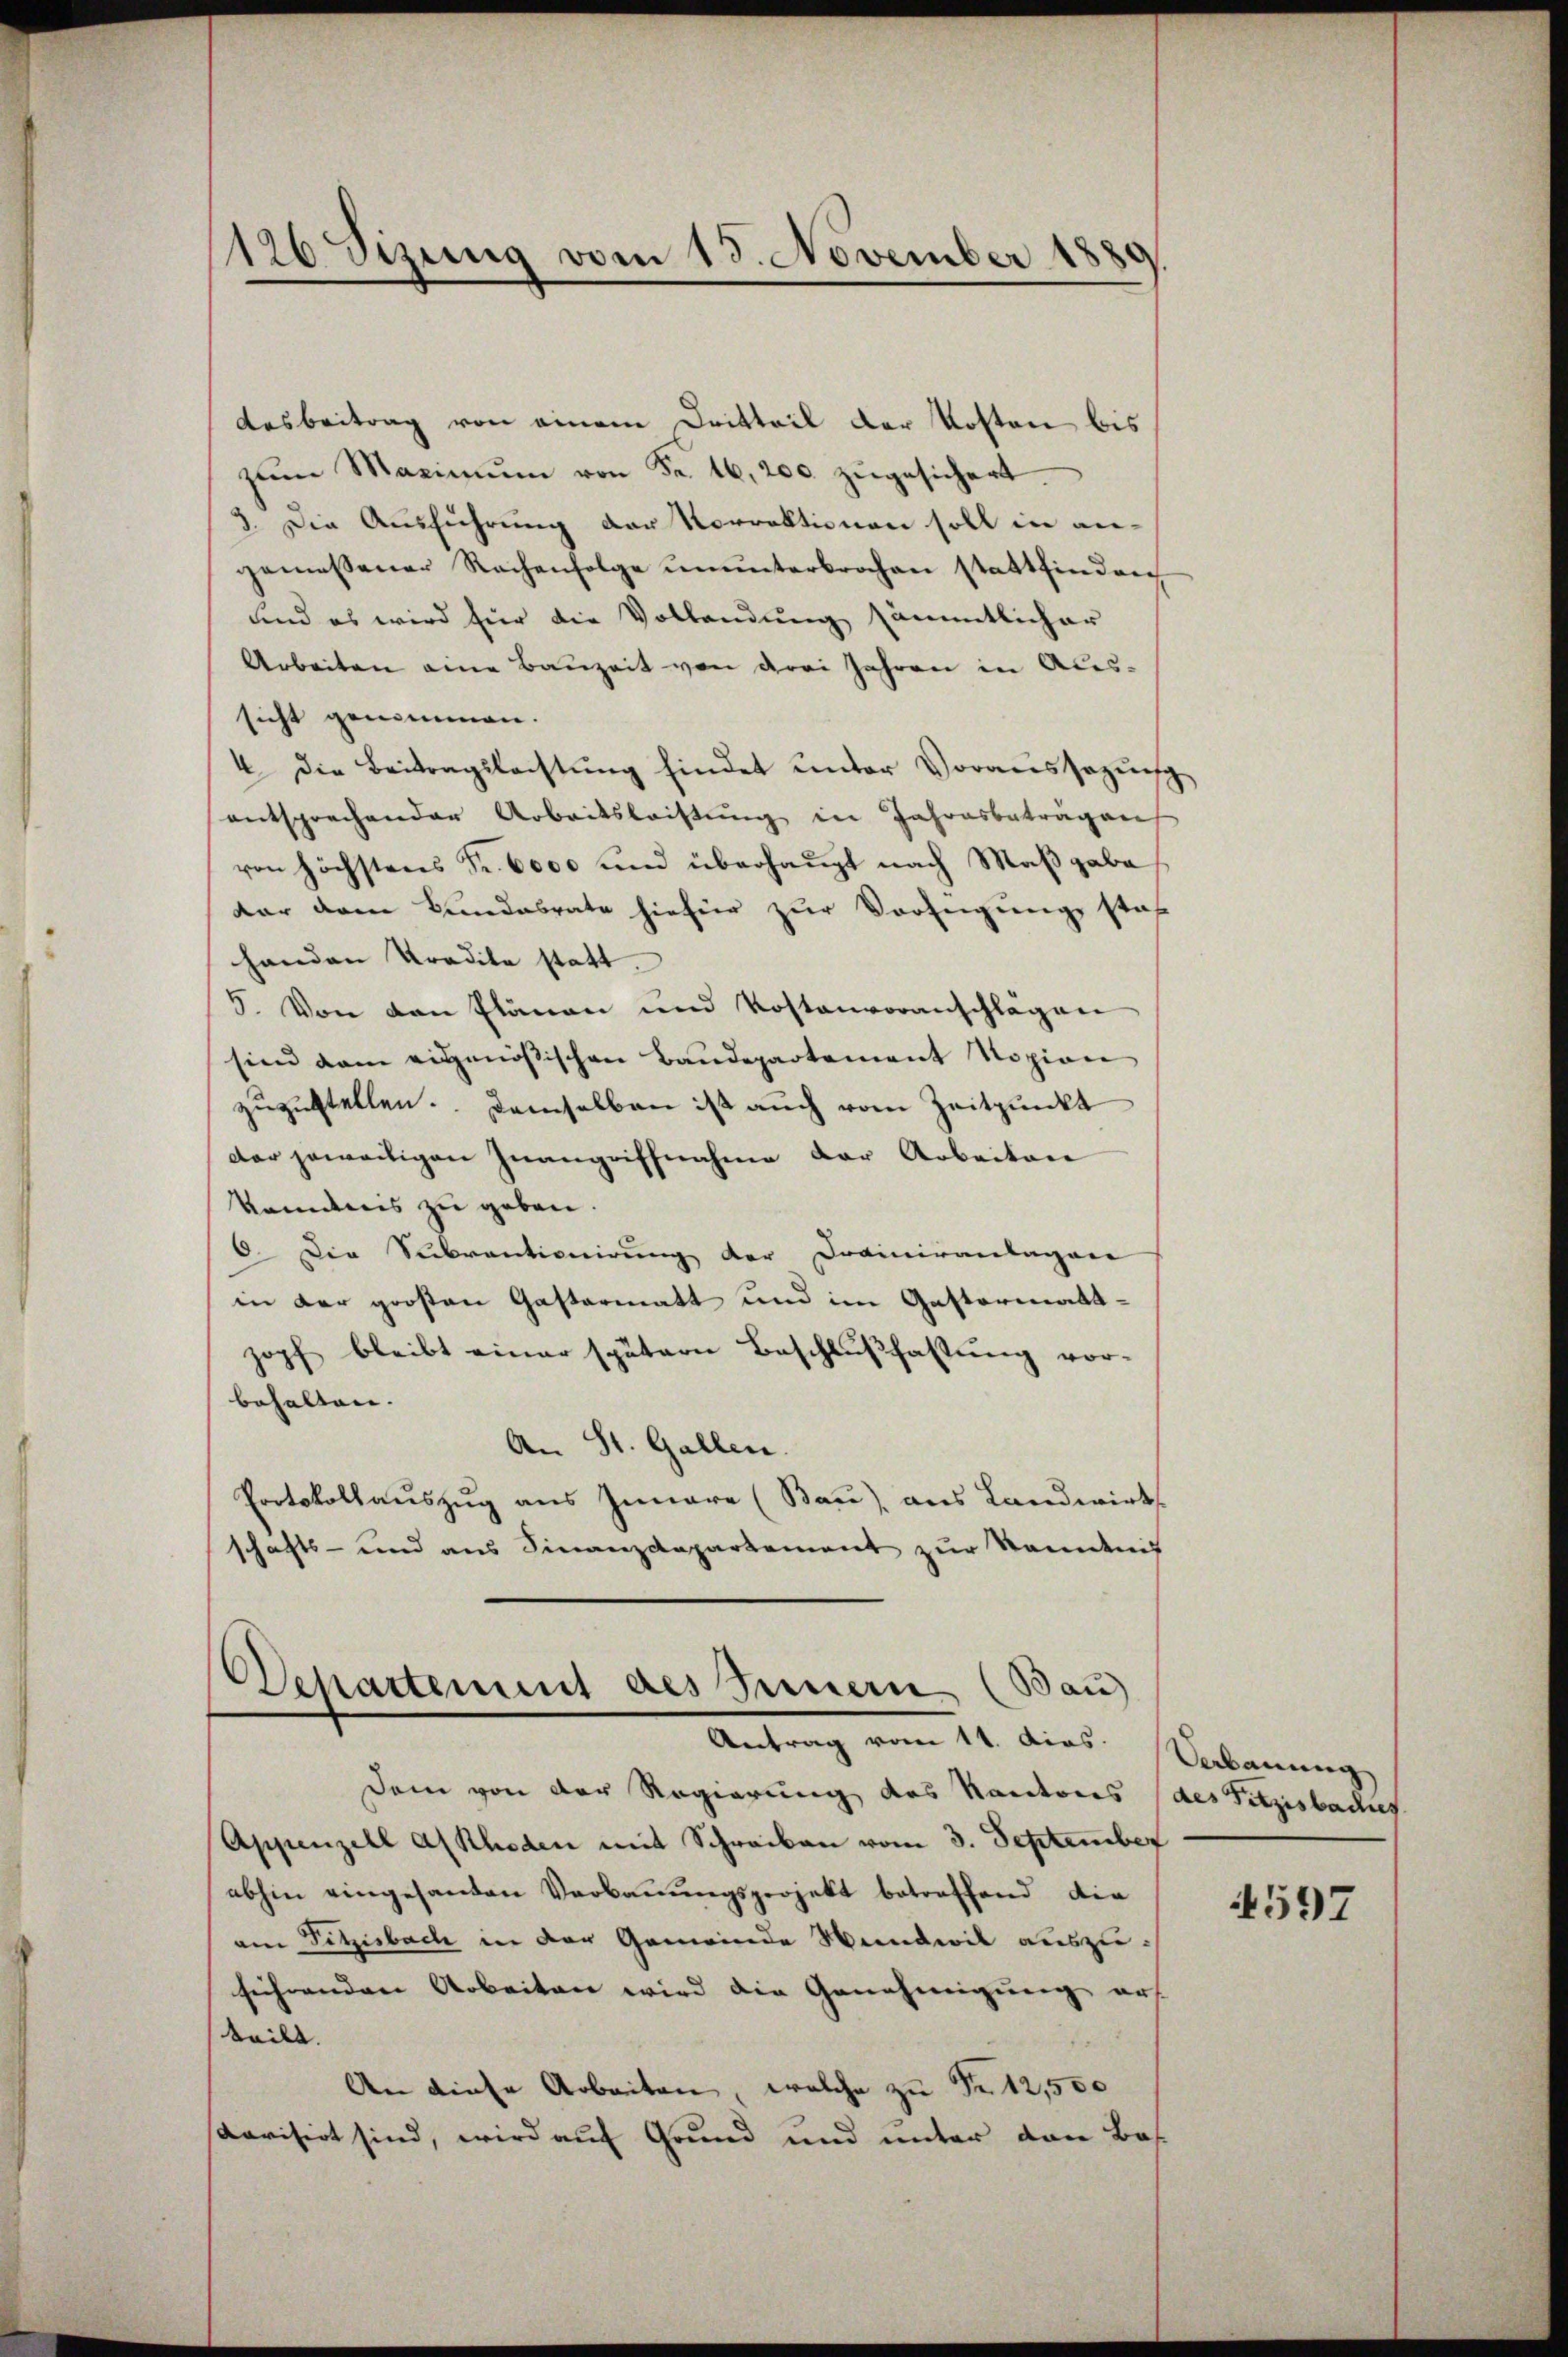
126 Sizung vom 18. November 1880

Ausbeitrag von einem Dritteil der Kosten bis
zŭm Maximŭm von Fr. 16, 200 zugesichert
3. Die Ausführung der Korrektionen soll in an-
gemessener Rechenfolge ŭnŭnterbrochen stattfinden
und es wird für die Vollendung sämmtlicher
Arbeiten eine Bauzeit von drei Jahren in Aus-
sicht genommen.
4. Die Beitragslachtung findet unter Voraussagung
entsprechender Arbeitsleistung in Jahresbeträgen
von höchstens Fr. 6000 und überhaupt nach Maßgabe,
dar dem Bundesrate hiefür zur Verfügung stat
handen Tradita statt.
5. Von den Plänen und Kostenvoranschlägen
sind dem eigenößischen Baŭdepartement Sozion
zuzustellen. Demselben ist auch vom Zeitpunkt
der jeweiligen Inangriffnahme der Arbeiten
kanntnis zu geben.
6. Die Subventionirung der Drainirantagen
in der großen Gastermatt und im Gastormatt-
zopf bleibt einer spätern Beschlußfassung vorbehalten. |
An St. Gallen.
Protokollauszug aus Innere (Bau), aus Landwirts
schafts- und aus Finanzdepartement zur Kenntnis

Dem von der Regierung des Kantons des Fitzisbaches
Appenzell A/Rhoden mit Schreiben vom 3. September
abhin eingesanten Verbauungsprojekt betreffend die
am Fitzisbach in der Gemeinde Wundwil auszusichenden Arbeiten wird die Genehmigung aus
teilt.
An diese Arbeiten, welche zu Fr. 12,500
Revisirt sind, wird auf Grund und unter den Bas

Departement des Innern (Bau)
Antrag vom 11. dies.

Cebauung

1597